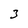
Character: 3